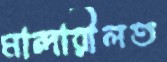
মান্দারীলত